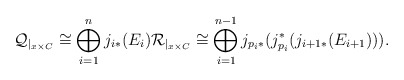
\begin{align*}\mathcal{Q}_{|_{x \times C}} \cong \bigoplus_{i=1}^{n}j_{i*}(E_i) \mathcal{R}_{|_{x \times C}} \cong \bigoplus_{i=1}^{n-1} j_{p_i *}(j_{p_i}^*(j_{i+1 *}(E_{i+1}))).\end{align*}